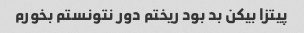
پیتزا بیکن بد بود ریختم دور نتونستم بخورم